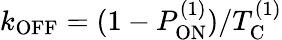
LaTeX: k_{\mathrm{OFF}}=(1-P_{\mathrm{ON}}^{(1)})/T_{\mathrm{C}}^{(1)}